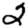
Digit: 2